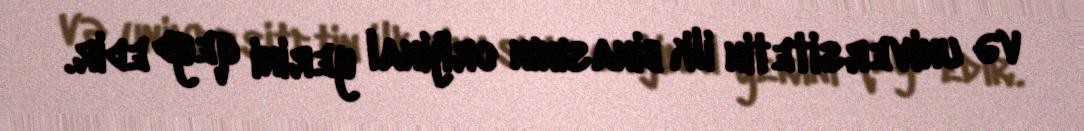
və universitetin ilk binasının orijinal yerini qeyd edir.